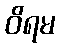
ဝိရမ